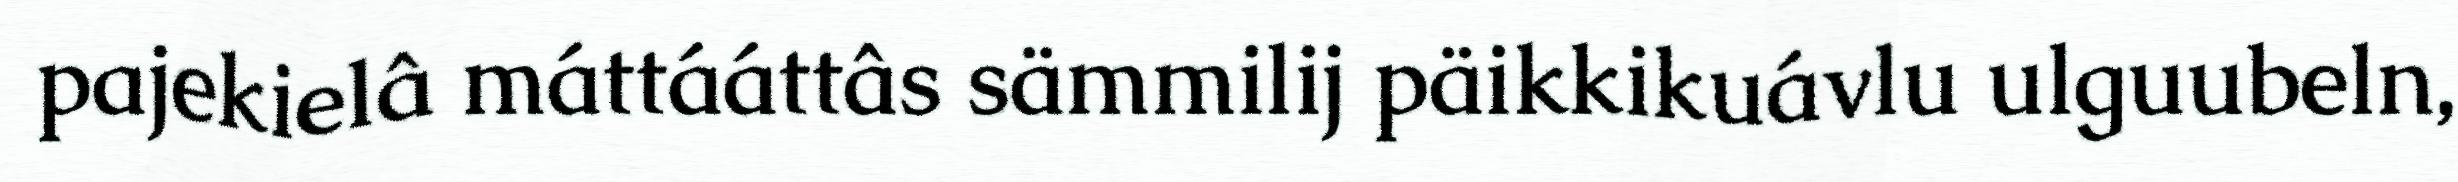
pajekielâ máttááttâs sämmilij päikkikuávlu ulguubeln,